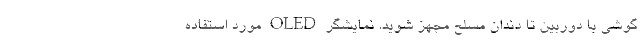
گوشی با دوربینِ تا دندان مسلح مجهز شوید. نمایشگر OLED مورد استفاده